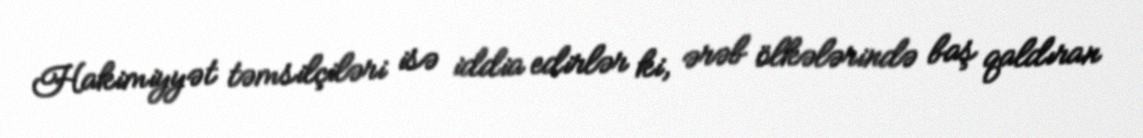
Hakimiyyət təmsilçiləri isə iddia edirlər ki, ərəb ölkələrində baş qaldıran